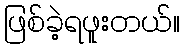
ဖြစ်ခဲ့ရဖူးတယ်။